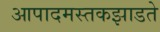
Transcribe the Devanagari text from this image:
आपादमस्तकझाडते